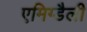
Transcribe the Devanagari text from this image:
एमिग्डैली